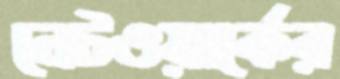
নেটওয়ার্কের